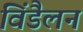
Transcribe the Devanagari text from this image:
विंडैलन